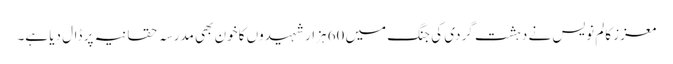
معزز کالم نویس نے دہشت گردی کی جنگ میں 60 ہزار شہیدوں کا خون بھی مدرسہ حقانیہ پر ڈال دیا ہے۔